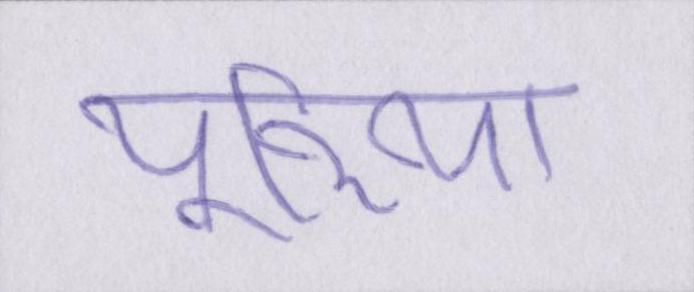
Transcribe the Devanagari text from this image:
यूरिया